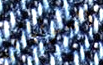
السوفياتي